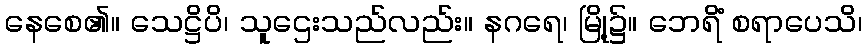
နေစေ၏။ သေဋ္ဌိပိ၊ သူဌေးသည်လည်း။ နဂရေ၊ မြို့၌။ ဘေရိံ စရာပေသိ၊